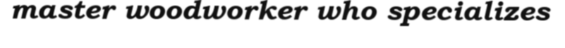
master woodworker who specializes